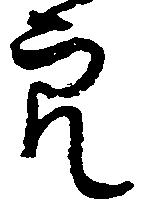
穴